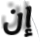
إن